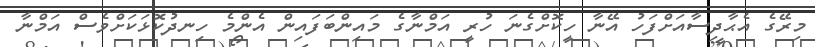
މިރޭގެ އެޙާދިސާއަށްފަހު އޭނާ ހީކޮށްގެނަ ހުރީ އަމްނާގެ މައިންބަފައިން އެންމެ ހިނދުކޮޅަކަށްވެސް އަމްނާ